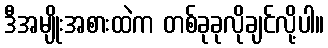
ဒီအမျိုးအစားထဲက တစ်ခုခုလိုချင်လို့ပါ။